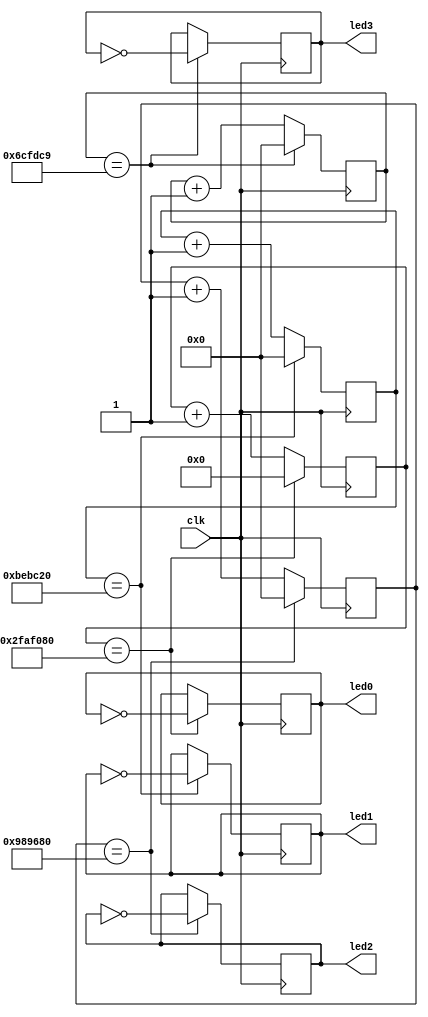
`timescale 1ns / 1ps
//////////////////////////////////////////////////////////////////////////////////
// Company: Dunwoody College of Technology
// 
// Design Name: 
// Module Name: Blinky
// Project Name: Lab3_Part1 & Part2
// Target Devices: 
// Tool Versions: 
// Description: 
// 
// Dependencies: 
// 
// Revision:
// Revision 0.01 - File Created
// Additional Comments:
// 
//////////////////////////////////////////////////////////////////////////////////


module Blinky(
    input clk,
    output led0,    //declaring led0 from the BASYS 3 board to be used as an output
    output led1,    //declaring led1 from the BASYS 3 board to be used as an output
    output led2,    //declaring led2 from the BASYS 3 board to be used as an output
    output led3     //declaring led3 from the BASYS 3 board to be used as an output
    );
    reg [25:0] count0 = 0; //creating count 0 with a bit count of 0-25 = 2^26 = 67108864
    reg [24:0] count1 = 0; //creating count 1 with a bit count of 0-24 = 2^25 = 33554432
    reg [24:0] count2 = 0; //creating count 2 with a bit count of 0-24 = 2^25 = 33554432
    reg [24:0] count3 = 0; //creating count 3 with a bit count of 0-24 = 2^25 = 33554432
    
    reg led0reg = 0; //creating led0reg and initializing it by setting to 0.
    reg led1reg = 0; //creating led1reg and initializing it by setting to 0.
    reg led2reg = 0; //creating led2reg and initializing it by setting to 0.
    reg led3reg = 0; //creating led3reg and initializing it by setting to 0.

assign led0 = led0reg; //This assign the vlaue at ledreg0 into led0;
assign led1 = led1reg; //This assign the vlaue at ledreg1 into led1;
assign led2 = led2reg; //This assign the vlaue at ledreg2 into led2;
assign led3 = led3reg; //This assign the vlaue at ledreg3 into led3;
 
always @ (posedge(clk)) 
begin
if(count0 == 50000000) //1Hz blink 
    begin
    count0 <= 0; //This will reset the variable count0 to 0.
    led0reg <= !led0reg; //This will toggle the value located at led0reg.
    end
else
    begin
    count0 <= count0 + 1; //This keep the counter counting
    end
if(count1 == 12500000) //4Hz Blink
    begin
    count1 <= 0;//This will reset the variable count1 to 0.
    led1reg <= !led1reg; //This will toggle the value located at led1reg.
    end
else
    begin
    count1 <= count1 + 1; //This keep the counter counting
    end
if(count2 == 10000000) //5Hz Blink
    begin
    count2 <= 0;//This will reset the variable count2 to 0.
    led2reg <= !led2reg; //This will toggle the value located at led2reg.
    end
else
    begin
    count2 <= count2 + 1; //This keep the counter counting
    end
if(count3 == 7142857) //7Hz Blink
    begin
    count3 <= 0;//This will reset the variable count3 to 0.
    led3reg <= !led3reg; //This will toggle the value located at led3reg.
    end
else
    begin
    count3 <= count3 + 1; //This keep the counter counting
    end

end
endmodule